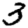
Digit: 3